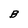
Character: B